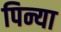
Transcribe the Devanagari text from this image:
पिन्या